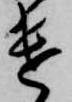
遣